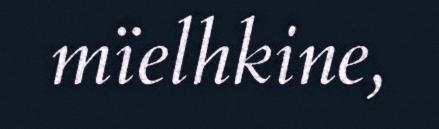
mïelhkine,